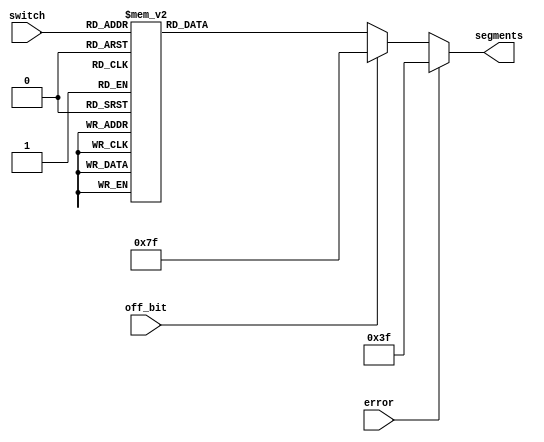
module HEXDRV(
input [3:0]switch,
input error,off_bit,
output reg [6:0] segments
);

always
begin
	if(error == 1'b1)
	segments=~7'b100_0000;
	else if(off_bit)
	segments=~7'b000_0000;	
	else
	case(switch)
	 4'h0   : segments = ~7'b011_1111;   
    4'h1   : segments = ~7'b000_0110;   
    4'h2   : segments = ~7'b101_1011;
    4'h3   : segments = ~7'b100_1111;
    4'h4   : segments = ~7'b110_0110;
    4'h5   : segments = ~7'b110_1101;
    4'h6   : segments = ~7'b111_1101;
    4'h7   : segments = ~7'b000_0111;
    4'h8   : segments = ~7'b111_1111;
    4'h9   : segments = ~7'b110_1111;
    4'hA   : segments = ~7'b111_0111;
    4'hB   : segments = ~7'b111_1100;
    4'hC   : segments = ~7'b011_1001;
    4'hD   : segments = ~7'b101_1110;
    4'hE   : segments = ~7'b111_1001;
  	 4'hF   : segments = ~7'b111_0001;
	 endcase
	 end

	endmodule